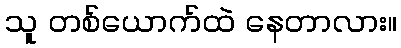
သူ တစ်ယောက်ထဲ နေတာလား။